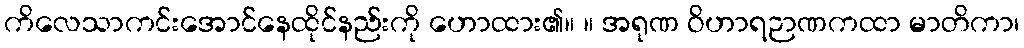
ကိလေသာကင်းအောင်နေထိုင်နည်းကို ဟောထား၏။ ။ အရုဏ ဝိဟာရဉာဏကထာ မာတိကာ၊